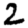
Digit: 2